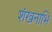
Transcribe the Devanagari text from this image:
शंखनाभि